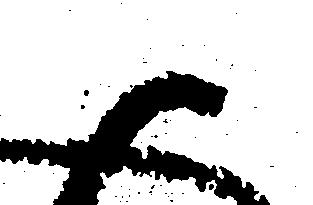
御